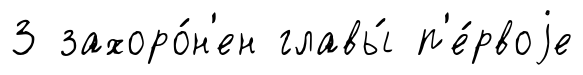
З захоро́н'ен главы́ п'е́рвоjе